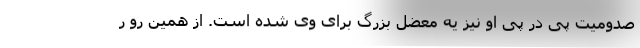
صدومیت پی در پی او نیز یه معضل بزرگ برای وی شده است. از همین رو ر